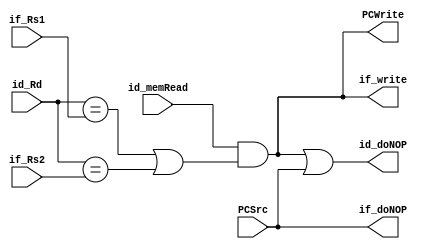
module Hazard #(
    parameter REG_NUM_BITWIDTH = 5 ,
    parameter WORD_BITWIDTH    = 32
) (
    input                         id_memRead,
    input  [REG_NUM_BITWIDTH-1:0] id_Rd     ,
    input  [REG_NUM_BITWIDTH-1:0] if_Rs1    ,
    input  [REG_NUM_BITWIDTH-1:0] if_Rs2    ,
    input                         PCSrc     ,
    output                        if_write  ,
    output                        PCWrite   , //Implementation yet to be confirmed.
    output                        if_doNOP  ,
    output                        id_doNOP  
    // ,
    // output                        ex_doNOP
);
    wire dataHazard   ;
    wire controlHazard;
    assign dataHazard    = id_memRead && ((id_Rd == if_Rs1) || (id_Rd == if_Rs2));
    assign controlHazard = PCSrc;

    assign id_doNOP = dataHazard|controlHazard;
    // always @(*) begin
    //     id_doNOP = id_memRead && ((id_Rd == if_Rs1) || (id_Rd == if_Rs2));
    // end
    assign if_write = dataHazard;
    assign PCWrite  = dataHazard;

    assign if_doNOP = controlHazard;
    // assign ex_doNOP = controlHazard;
endmodule